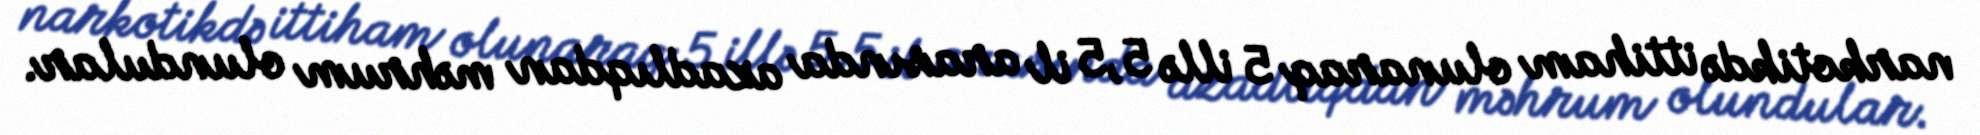
narkotikdə ittiham olunaraq 5 illə 5,5 il arasında azadlıqdan məhrum olundular.